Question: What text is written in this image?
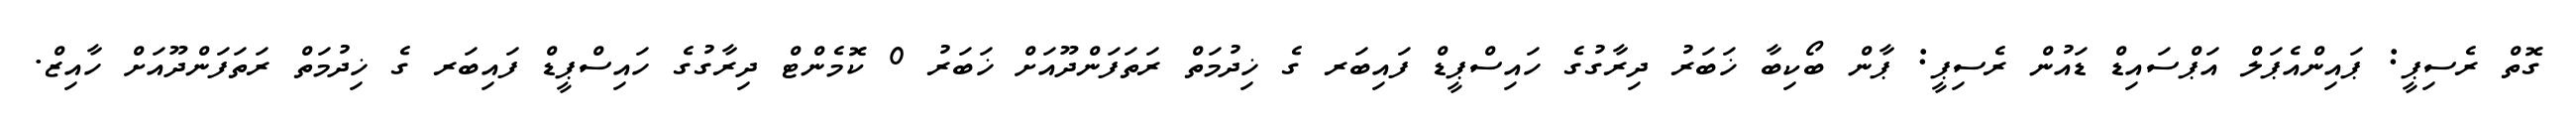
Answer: ގޮތް ރެސިޕީ: ޕައިންއެޕަލް އަޕްސައިޑް ޑައުން ރެސިޕީ: ޕާން ބޯކިބާ ޚަބަރު ދިރާގުގެ ހައިސްޕީޑް ފައިބަރ ގެ ޚިދުމަތް ރަތަފަންދޫއަށް ޚަބަރު 0 ކޮމެންޓް ދިރާގުގެ ހައިސްޕީޑް ފައިބަރ ގެ ޚިދުމަތް ރަތަފަންދޫއަށް ހާއިޒް.